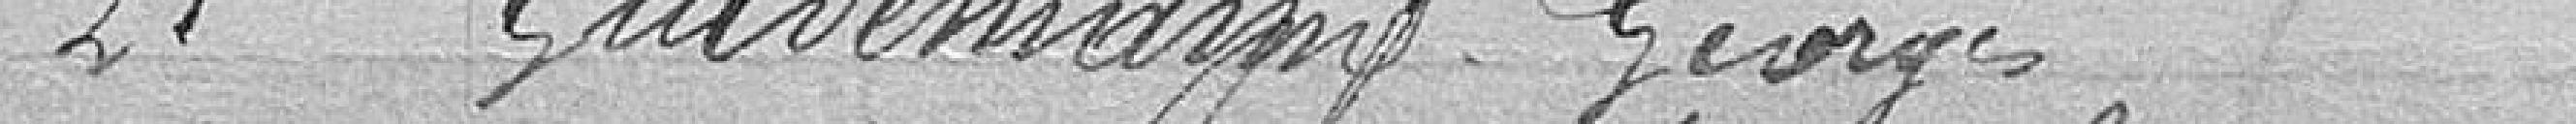
21. Guldemagne, Georges